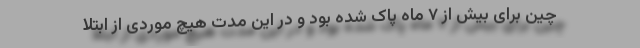
چین برای بیش از ۷ ماه پاک شده بود و در این مدت هیچ موردی از ابتلا